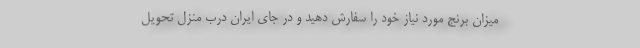
میزان برنج مورد نیاز خود را سفارش دهید و در جای ایران درب منزل تحویل